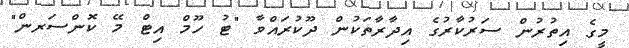
މީގެ އިތުރުން ސަރުކާރުގެ އިދާރާތަކުން ދޫކުރައްވާ "ޓު ހޫމް އިޓް މޭ ކޮންސަރން"